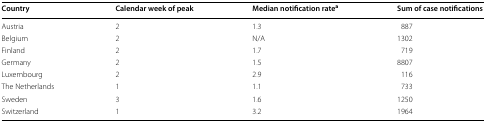
<table><thead><tr><td><b>Country</b></td><td><b>Calendar week of peak</b></td><td><b>Median notification rate<sup>a</sup></b></td><td><b>Sum of case notifications</b></td></tr></thead><tbody><tr><td>Austria</td><td>2</td><td>1.3</td><td>887</td></tr><tr><td>Belgium</td><td>2</td><td>N/A</td><td>1302</td></tr><tr><td>Finland</td><td>2</td><td>1.7</td><td>719</td></tr><tr><td>Germany</td><td>2</td><td>1.5</td><td>8807</td></tr><tr><td>Luxembourg</td><td>2</td><td>2.9</td><td>116</td></tr><tr><td>The Netherlands</td><td>1</td><td>1.1</td><td>733</td></tr><tr><td>Sweden</td><td>3</td><td>1.6</td><td>1250</td></tr><tr><td>Switzerland</td><td>1</td><td>3.2</td><td>1964</td></tr></tbody></table>